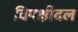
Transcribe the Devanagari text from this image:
विपक्षीदल